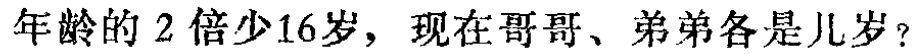
年龄的 2 倍少16岁，现在哥哥、弟弟各是几岁？